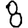
Digit: 8